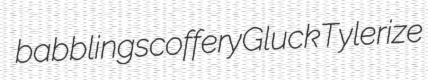
babbling scoffery Gluck Tylerize